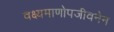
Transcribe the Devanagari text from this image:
वक्ष्यमाणोपजीवनेन